Report of the Municipal Commissioner on the plague in Bombay for the year ending 31st May... - Volume 2
Disease focus: Plague
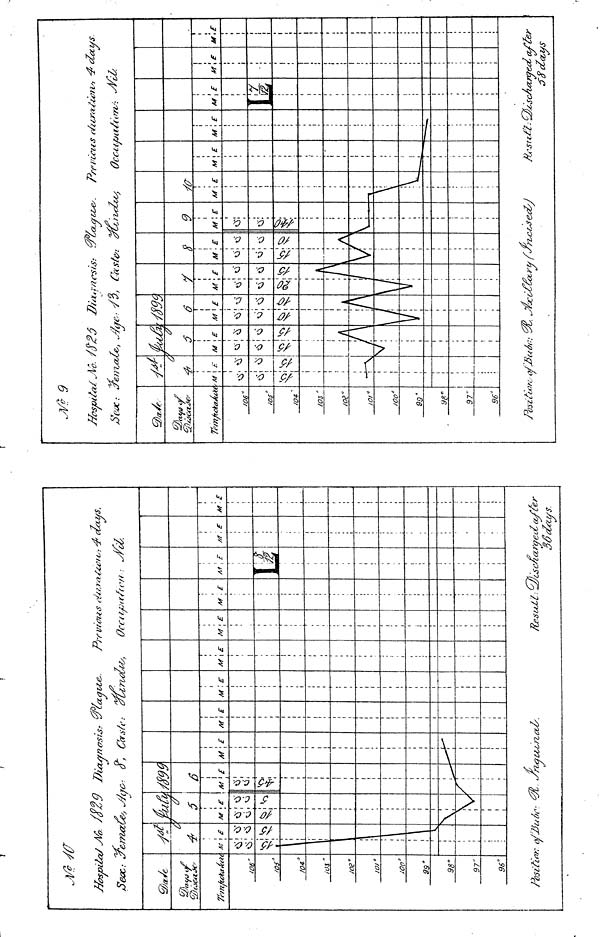
7i'/n.fut<jiÁi*
106 "
/O 4°/
OS "
/OS"
,0,'
/co"
99'
98°9
7"
96°/
M j £
î
c\' Vi
1
1
1
1
il
¡1
Y
M
vi
%
1
i
As ¿/
'A
¿/
5
\£
ce
1
V
M
i
- i.
M
CO.
6
I
1
j
i
1
' ,
l,
asi
C'a
M
i
/
UL
(S
; £
**•
vte
/
M \ E
xavie-.
VL-ITM?
i
i
i
i
i
i
i
i
i
î
i
i
i
i
i
i
i
l
i
1
i
1
i
i
P/rvioiià &
ÛCC(tp<K
M
M ; E
1
i
h
M . £
9
M \ £
Xê ;
;
j
i
•'
!
'
1
;
i
¿sena?
4< otai/S.
</
•
, £ M
\
's
yecla/ter
loctctiss.
Jfê 9
Mcspifc
Qa/e.
TemftetaAûc
m .
/os
/04/
OS "
/oe c
/o/*
/oo a
S9*
98°9
7"
96"
¿se?,
Va.
izaste,, Jj
j
'M
i
i
i
1
i
i
—r
r
i
i
. _L
ù
If
£
Ci
POSZLLOK. O$
'
û
ô
i
i
M i E
i
i
<S¡ .
î
' C
1
¡
i
¡A
v!
i
\
' ,
Dia
f ae- /f
'4j-nc$i<S:
Caste.
-/m
6
i
i
i
i
•
t
1
1
1
1
1 Jl
M
n,
V'
I
1
1
1
1
1
1
V
\
\E
\ y
! <i
A
/
/
l¿LOLVU
0tci.actse
n.
Ó
M
vi
V
! E
: !
¡
A
f y
f
9
M\E
i
CT!
•
1; ; •
¡
1
!
•
—p—_
¡
T
Préviens rv
M
—\
A
î £
[
\
/
M E
•—«
M E
J/
M
T L
i
E
•4* decz/s.
»s
1
£
M
J
\
£
¿scAccmed after
ccys